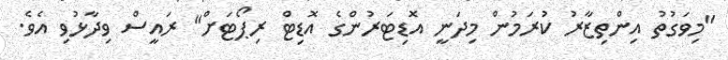
"މިވަގުތު އިންތިޒާރު ކުރަމުން މިދަނީ އޮޑިޓަރުންގެ އޮޑިޓް ރިޕޯޓަށް" ރައީސް ވިދާޅުވި އެވެ.